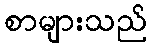
စာများသည်